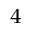
^ 4